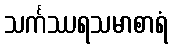
သင်္ကဿရသမာစာရံ